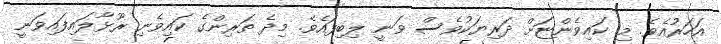
އަހަރުއެވެ. މި ކައިވެންޏަށް ދަރިޔަކުވެސް ވަނީ ލިބިފައެވެ. މިދެ ތަރިންގެ ކައިވެނި ރޫޅާލައިފައިވަނީ